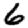
Digit: 6